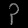
Digit: ၃